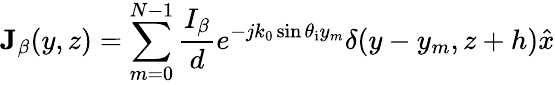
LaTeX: \mathbf{J}_{\beta}(y,z)=\sum_{m=0}^{N-1}{\frac{I_{\beta}}{d}}e^{-jk_{0}\sin\theta_{\mathrm{i}}y_{m}}\delta(y-y_{m},z+h)\hat{x}